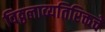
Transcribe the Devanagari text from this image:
विठ्ठलाव्यतिरिक्तचे